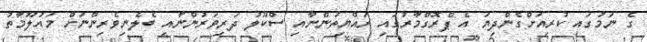
ގެ ނަމުގައި ކުރިއަށްގެންދިޔަ އެ ޕްރޮގްމާރުގައި ރައްޔިތުންނާއި ސްކޫލު ދަރިވަރުންނާއި ބެލެނިވެރިންނަށް މައުލޫމާތު